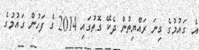
އެ ގައުމުގެ ގިނަ ރައްޔިތުން ދެކޭ ގޮތުގައި 2014 ގެ ފަހުން ގައުމުގެ